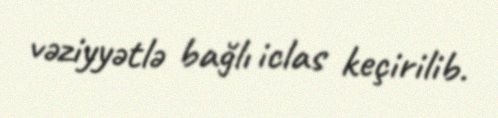
vəziyyətlə bağlı iclas keçirilib.